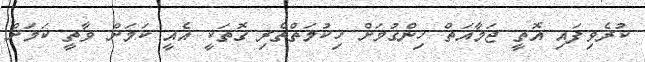
ކުރެވިފައި އޮތީ ޖަމާއަތް ހިންގުމަށް ހިކުމަތްތެރި ގޮތަކީ އެއީ ކަމަށް ވާތީ ކަމަށް